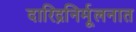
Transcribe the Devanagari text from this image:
दारिद्रनिर्मूलनात